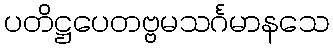
ပတိဋ္ဌပေတဗ္ဗမသင်္ဂမာနသေ